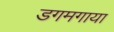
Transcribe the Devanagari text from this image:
डगमगाया